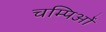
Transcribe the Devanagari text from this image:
चम्पिओं